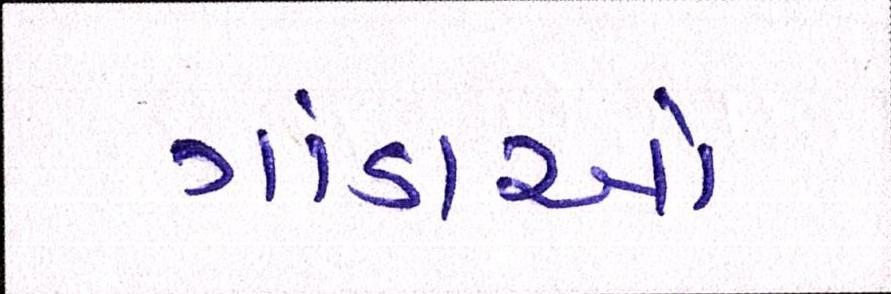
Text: ગાંડાઓ